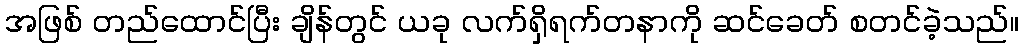
အဖြစ် တည်ထောင်ပြီး ချိန်တွင် ယခု လက်ရှိရက်တနာကို ဆင်ခေတ် စတင်ခဲ့သည်။